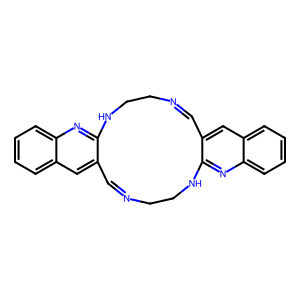
SMILES: C1=NCCNc2nc3ccccc3cc2C=NCCNc2nc3ccccc3cc21
Inhibits HIV replication: No